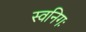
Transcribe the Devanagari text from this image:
स्वनिगः